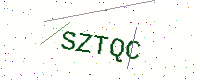
Text: SZTQC